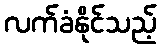
လက်ခံနိုင်သည့်